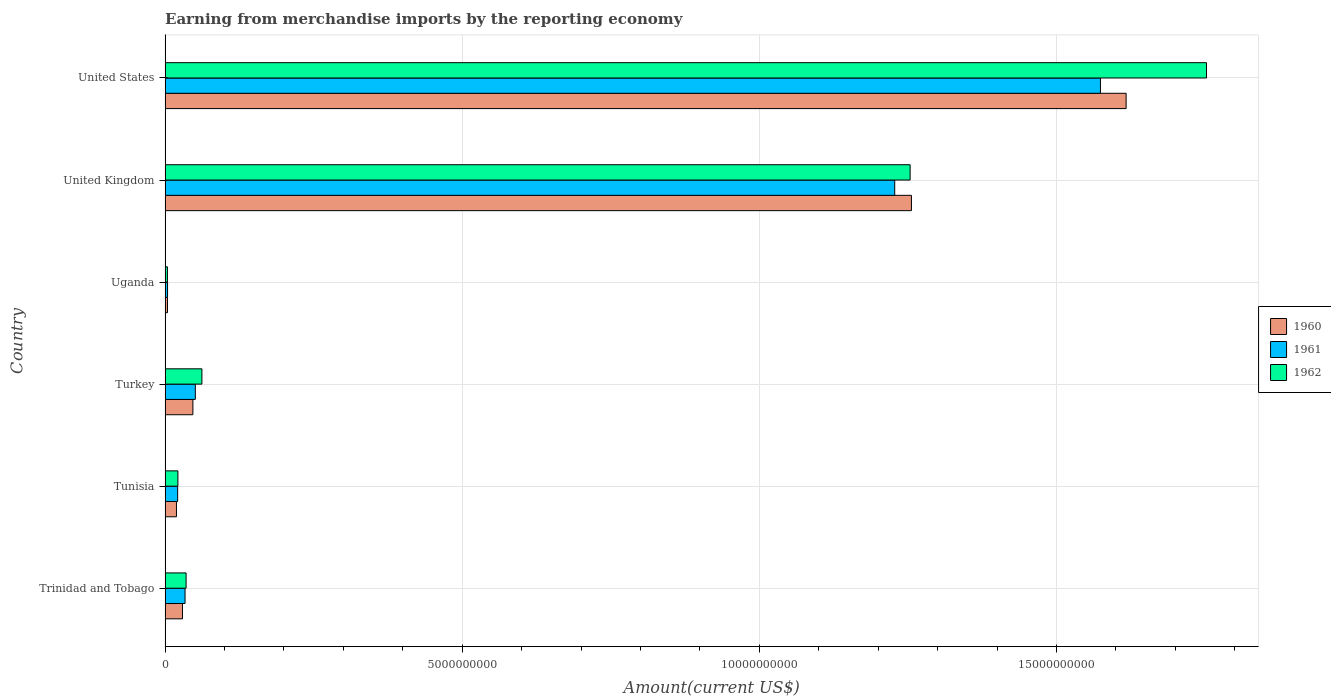
| Country | 1960 | 1961 | 1962 |
 | --- | --- | --- | --- |
 | Trinidad and Tobago | 2.92e+08 | 3.36e+08 | 3.53e+08 |
 | Tunisia | 1.91e+08 | 2.11e+08 | 2.15e+08 |
 | Turkey | 4.68e+08 | 5.09e+08 | 6.19e+08 |
 | Uganda | 4.01e+07 | 4.11e+07 | 3.9e+07 |
 | United Kingdom | 1.26e+10 | 1.23e+10 | 1.25e+10 |
 | United States | 1.62e+10 | 1.57e+10 | 1.75e+10 |